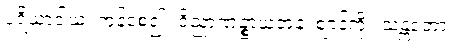
ပရိယာဒါယ၊ ကုန်စေ၍။ ဝိညာဏဉ္စာယတနံ၊ ဈာန်ကို။ သန္တတော၊